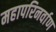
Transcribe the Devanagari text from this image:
महापरिनर्वाण